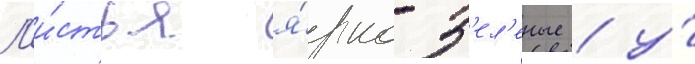
Л'и́стья я́рко-з'ел'еные / у́